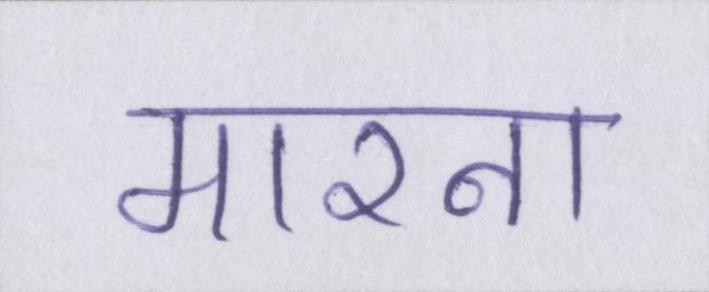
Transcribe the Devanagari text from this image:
मारना